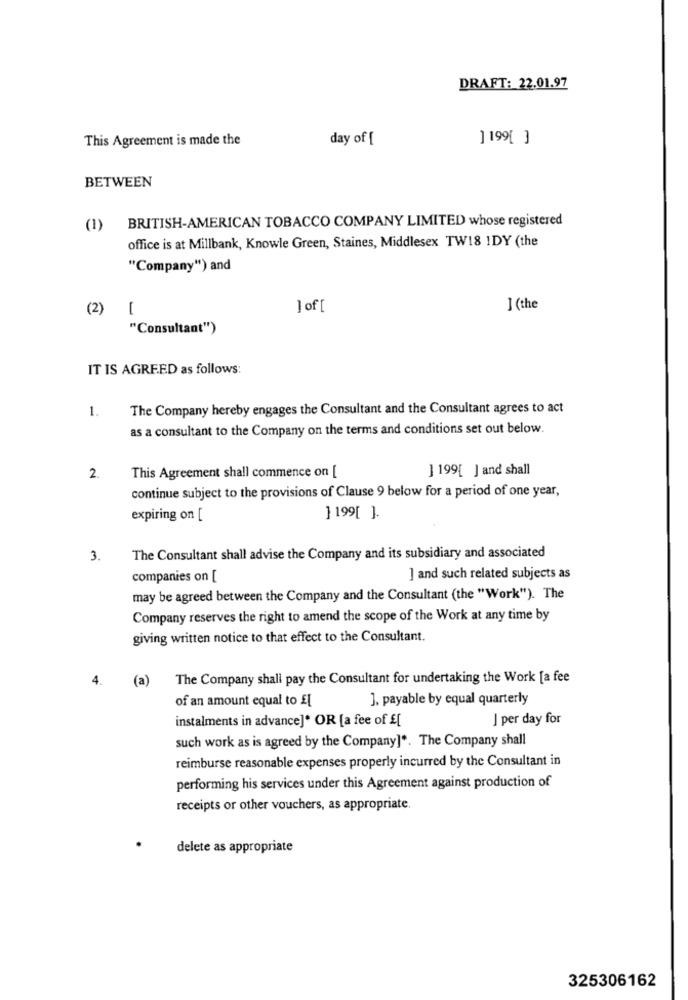
DRAFT: 22.01.97
This Agreement is made the
day of [
1 199[ ]
BETWEEN
BRITISH-AMERICAN TOBACCO COMPANY LIMITED whose registered
(1)
office is at Millbank, Knowle Green, Staines, Middlesex TW18 1DY (the
"Company") and
(2)
-
]of [
J (the
"Consultant")
IT IS AGREED as follows:
1.
The Company hereby engages the Consultant and the Consultant agrees to act
as a consultant to the Company on the terms and conditions set out below.
] 199[ ] and shall
2.
This Agreement shall commence on [
continue subject to the provisions of Clause 9 below for a period of one year,
expiring on [
1 199[ ].
3.
The Consultant shall advise the Company and its subsidiary and associated
companies on [
] and such related subjects as
may be agreed between the Company and the Consultant (the "Work"). The
Company reserves the right to amend the scope of the Work at any time by
giving written notice to that effect to the Consultant.
4.
(a)
The Company shall pay the Consultant for undertaking the Work [a fee
of an amount equal to £
J. payable by equal quarterly
instalments in advance]* OR [a fee of £[
J per day for
such work as is agreed by the Company]". The Company shall
reimburse reasonable expenses properly incurred by the Consultant in
performing his services under this Agreement against production of
receipts or other vouchers, as appropriate.
delete as appropriate
325306162